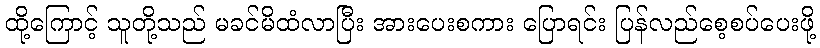
ထို့ကြောင့် သူတို့သည် မခင်မိထံလာပြီး အားပေးစကား ပြောရင်း ပြန်လည်စေ့စပ်ပေးဖို့